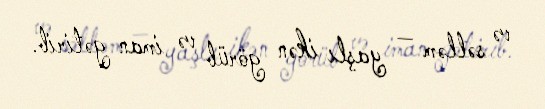
və səlləm — yaşlı ikən görüb və iman gətirib.